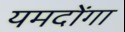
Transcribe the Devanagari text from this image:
यमदोंगा